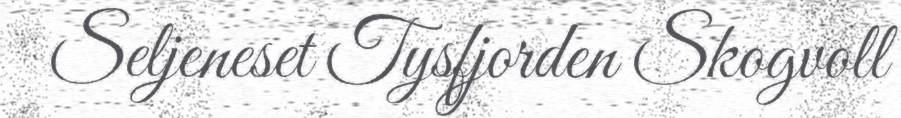
Seljeneset Tysfjorden Skogvoll